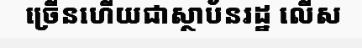
ច្រើនហើយជាស្ថាប័នរដ្ឋ លើស